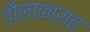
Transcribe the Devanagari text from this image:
डौलाकारात